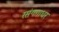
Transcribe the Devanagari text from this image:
रसंगगाधर